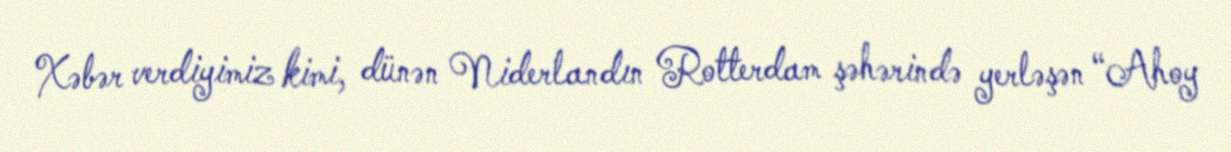
Xəbər verdiyimiz kimi, dünən Niderlandın Rotterdam şəhərində yerləşən “Ahoy